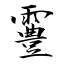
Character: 霻